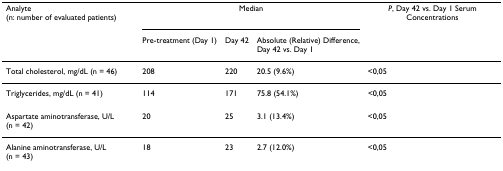
<table><thead><tr><td><b>Analyte (n: number of evaluated patients)</b></td><td colspan="3"><b>Median</b></td><td><b><i>P</i>, Day 42 vs. Day 1 Serum Concentrations</b></td></tr><tr><td></td><td><b>Pre-treatment (Day 1)</b></td><td><b>Day 42</b></td><td><b>Absolute (Relative) Difference,Day 42 vs. Day 1</b></td><td></td></tr></thead><tbody><tr><td>Total cholesterol, mg/dL (n = 46)</td><td>208</td><td>220</td><td>20.5 (9.6%)</td><td>&lt;0,05</td></tr><tr><td>Triglycerides, mg/dL (n = 41)</td><td>114</td><td>171</td><td>75.8 (54.1%)</td><td>&lt;0,05</td></tr><tr><td>Aspartate aminotransferase, U/L (n = 42)</td><td>20</td><td>25</td><td>3.1 (13.4%)</td><td>&lt;0,05</td></tr><tr><td>Alanine aminotransferase, U/L (n = 43)</td><td>18</td><td>23</td><td>2.7 (12.0%)</td><td>&lt;0,05</td></tr></tbody></table>